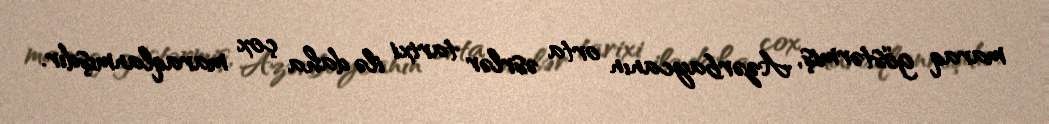
maraq göstərmiş, Azərbaycanın orta əsrlər tarixi ilə daha çox maraqlanmışdır.